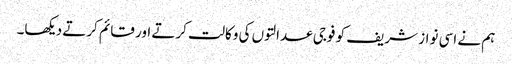
ہم نے اسی نواز شریف کو فوجی عدالتوں کی وکالت کرتے اور قائم کرتے دیکھا۔